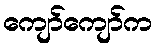
ကျော်ကျော်က